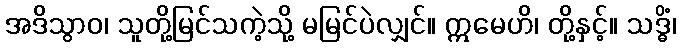
အဒိသွာဝ၊ သူတို့မြင်သကဲ့သို့ မမြင်ပဲလျှင်။ ဣမေဟိ၊ တို့နှင့်။ သဒ္ဓိံ၊